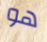
هو